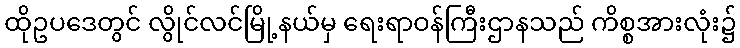
ထိုဥပဒေတွင် လွိုင်လင်မြို့နယ်မှ ရေးရာဝန်ကြီးဌာနသည် ကိစ္စအားလုံး၌